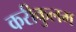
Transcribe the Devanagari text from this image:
करीकुलम